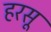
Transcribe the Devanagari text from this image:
हरसू